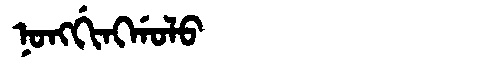
Manchu: ᠨᠣᠩᡤᡳᠩᡤᠣᠯᠣ
Romanization: NONGGINGGOLO